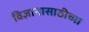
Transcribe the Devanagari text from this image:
विज्ञानासाठीच्या